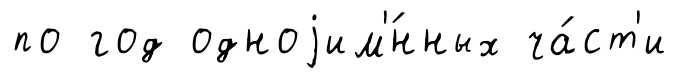
по год одноjим'́нных ча́ст'и